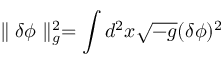
\parallel \delta \phi \parallel _ { g } ^ { 2 } = \int d ^ { 2 } x \sqrt { - g } ( \delta \phi ) ^ { 2 }